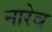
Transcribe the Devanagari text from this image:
नारेव